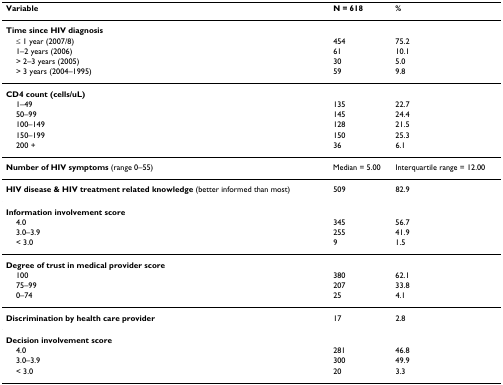
<table><thead><tr><td><b>Variable</b></td><td><b>N = 618</b></td><td><b>%</b></td></tr></thead><tbody><tr><td><b>Time since HIV diagnosis</b></td><td></td><td></td></tr><tr><td> ≤ 1 year (2007/8)</td><td>454</td><td>75.2</td></tr><tr><td> 1–2 years (2006)</td><td>61</td><td>10.1</td></tr><tr><td> &gt; 2–3 years (2005)</td><td>30</td><td>5.0</td></tr><tr><td> &gt; 3 years (2004–1995)</td><td>59</td><td>9.8</td></tr><tr><td><b>CD4 count (cells/uL)</b></td><td></td><td></td></tr><tr><td> 1–49</td><td>135</td><td>22.7</td></tr><tr><td> 50–99</td><td>145</td><td>24.4</td></tr><tr><td> 100–149</td><td>128</td><td>21.5</td></tr><tr><td> 150–199</td><td>150</td><td>25.3</td></tr><tr><td> 200 +</td><td>36</td><td>6.1</td></tr><tr><td><b>Number of HIV symptoms </b>(range 0–55)</td><td>Median = 5.00</td><td>Interquartile range = 12.00</td></tr><tr><td><b>HIV disease &amp; HIV treatment related knowledge </b>(better informed than most)</td><td>509</td><td>82.9</td></tr><tr><td><b>Information involvement score</b></td><td></td><td></td></tr><tr><td> 4.0</td><td>345</td><td>56.7</td></tr><tr><td> 3.0–3.9</td><td>255</td><td>41.9</td></tr><tr><td> &lt; 3.0</td><td>9</td><td>1.5</td></tr><tr><td><b>Degree of trust in medical provider score</b></td><td></td><td></td></tr><tr><td> 100</td><td>380</td><td>62.1</td></tr><tr><td> 75–99</td><td>207</td><td>33.8</td></tr><tr><td> 0–74</td><td>25</td><td>4.1</td></tr><tr><td><b>Discrimination by health care provider</b></td><td>17</td><td>2.8</td></tr><tr><td><b>Decision involvement score</b></td><td></td><td></td></tr><tr><td> 4.0</td><td>281</td><td>46.8</td></tr><tr><td> 3.0–3.9</td><td>300</td><td>49.9</td></tr><tr><td> &lt; 3.0</td><td>20</td><td>3.3</td></tr></tbody></table>